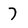
Character: 7